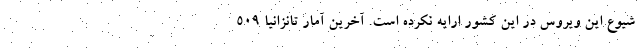
شیوع این ویروس در این کشور ارایه نکرده است. آخرین آمار تانزانیا 509